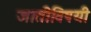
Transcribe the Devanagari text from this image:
जातीविषयी